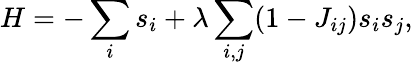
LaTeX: H=-\sum_{i}s_{i}+\lambda\sum_{i,j}(1-J_{ij})s_{i}s_{j},